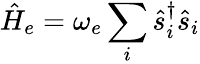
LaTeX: \hat{H}_{e}=\omega_{e}\sum_{i}\hat{s}_{i}^{\dagger}\hat{s}_{i}